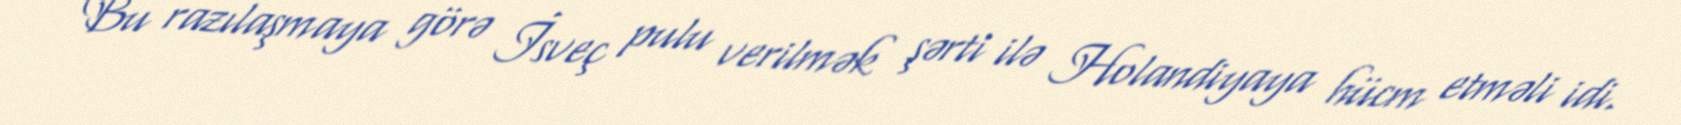
Bu razılaşmaya görə İsveç pulu verilmək şərti ilə Holandiyaya hücm etməli idi.